Rules and regulations of the Bombay Veterinary College
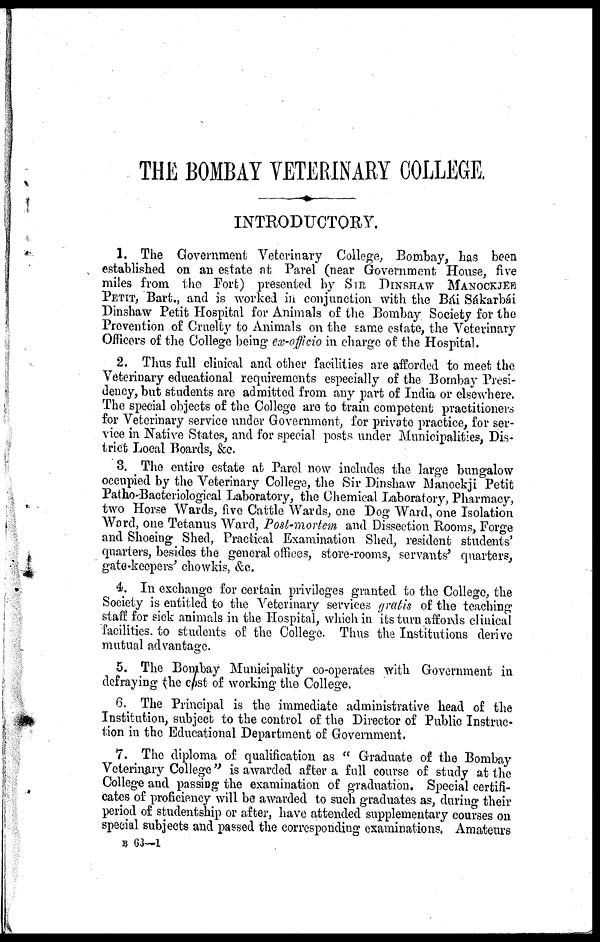
THE BOMBAY VETERINARY COLLEGE.
INTRODUCTORY.
1. The Government Veterinary College, Bombay, has been
established on an estate at Parel (near Government House, five
miles from the Fort) presented by SIR DINSHAW MANOCKJEE
PETIT, Bart., and is worked in conjunction with the Bál Sákarbái
Dinshaw Petit Hospital for Animals of the Bombay Society for the
Prevention of Cruelty to Animals on the same estate, the Veterinary
Officers of the College being ex-officio in charge of the Hospital.
2. Thus full clinical and other facilities are afforded to meet the
Veterinary educational requirements especially of the Bombay Presi-
dency, but students are admitted from any part of India or elsewhere.
The special objects of the College are to train competent practitioners
for Veterinary service under Government, for private practice, for ser-
vice in Native States, and for special, posts under Municipalities, Dis-
trict Local Boards, &c.
3. The entire estate at Parel now includes the large bungalow
occupied by the Veterinary College, the Sir Dinshaw Manockji Petit
Patho Bacteriological Laboratory, the Chemical Laboratory, Pharmacy,
two Horse Wards, five Cattle Wards, one Dog Ward, one Isolation
Word, one Tetan us Ward, Post-mortem and Dissection Rooms, Forge
and Shoeing Shed, Practical Examination Shed, resident students'
quarters, besides the general offices, store-rooms, servants' quarters,
gate-keepers' chowkis, &c.
4. In exchange for certain privileges granted to the College, the
Society is entitled to the Veterinary services gratis of the teaching
staff for sick animals in the Hospital, which in its turn affords clinical
facilities to students of the College. Thus the Institutions derive
mutual advantage.
5. The Bombay Municipality co-operates with Government in
defraying the cost of working the College.
6. The Principal is the immediate administrative head of the
Institution, subject to the control of the Director of Public Instruc-
tion in the Educational Department of Government.
7. The diploma of qualification as " Graduate of the Bombay
Veterinary College" is awarded after a full course of study at the
College and passing the examination of graduation. Special certifi-
cates of proficiency will be awarded to such graduates as, during their
period of studentship or after, have attended supplementary courses on
special subjects and passed the corresponding examinations. Amateurs
B 63—1